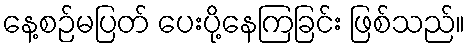
နေ့စဉ်မပြတ် ပေးပို့နေကြခြင်း ဖြစ်သည်။